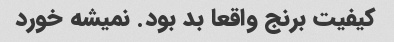
کیفیت برنج واقعا بد بود. نمیشه خورد